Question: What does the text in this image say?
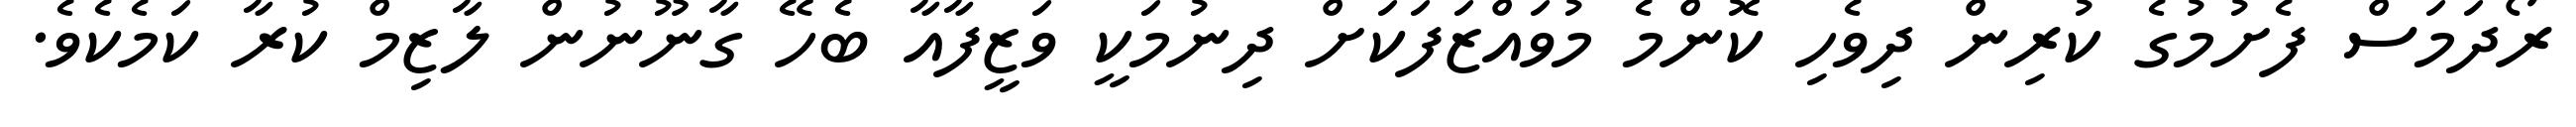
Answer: ރޯދަމަސް ފެށުމުގެ ކުރިން ދިވެހި ކޮންމެ މުވައްޒަފަކަށް ދިނުމަކީ ވަޒީފާއާ ބެހޭ ގާނޫނުން ލާޒިމް ކުރާ ކަމެކެވެ.